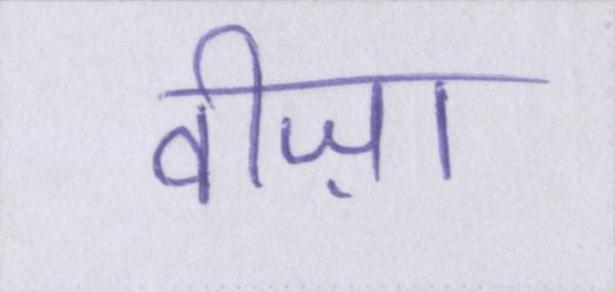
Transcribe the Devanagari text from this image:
वीज़ा